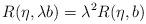
LaTeX: \begin{align*}R(\eta, \lambda b) = \lambda^2 R(\eta, b)\end{align*}